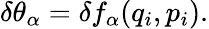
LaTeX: \delta\theta_{\alpha}=\delta f_{\alpha}(q_{i},p_{i}).